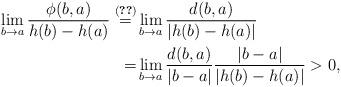
LaTeX: \begin{align*}\lim_{b\to a} \frac{\phi(b,a)}{h(b)-h(a)}\stackrel{\eqref{eq:symmratio}}{=}&\lim_{b\to a} \frac{d(b,a)}{|h(b)-h(a)|} \\= &\lim_{b\to a} \frac{d(b,a)}{|b-a|}\frac{|b-a|}{|h(b)-h(a)|}>0, \end{align*}